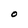
Character: O